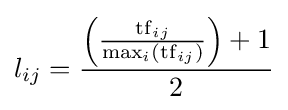
l_{ij}={\frac {{\Big (}{\frac {\mathrm {tf} _{ij}}{\max _{i}(\mathrm {tf} _{ij})}}{\Big )}+1}{2}}